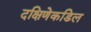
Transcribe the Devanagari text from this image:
दक्षिणेकडिल